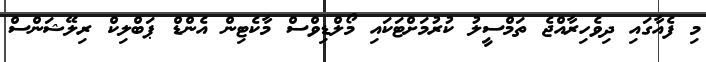
މި ފެއާގައި ދިވެހިރާއްޖެ ތަމްސީލު ކުރުމަށްޓަކައި މޯލްޑިވްސް މާކެޓިން އެންޑް ޕަބްލިކް ރިލޭޝަންސް